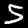
Label: 5